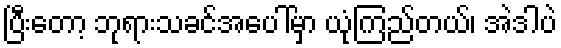
ပြီးတော့ ဘုရားသခင်အပေါ်မှာ ယုံကြည်တယ်၊ အဲဒါပဲ